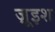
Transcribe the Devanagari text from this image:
ज़ूइश